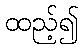
ထည့်၍